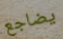
يضاجع